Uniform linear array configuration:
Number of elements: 12
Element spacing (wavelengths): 0.25
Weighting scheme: uniform
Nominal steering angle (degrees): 30
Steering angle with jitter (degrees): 29.788
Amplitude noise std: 0.05
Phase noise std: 0.05

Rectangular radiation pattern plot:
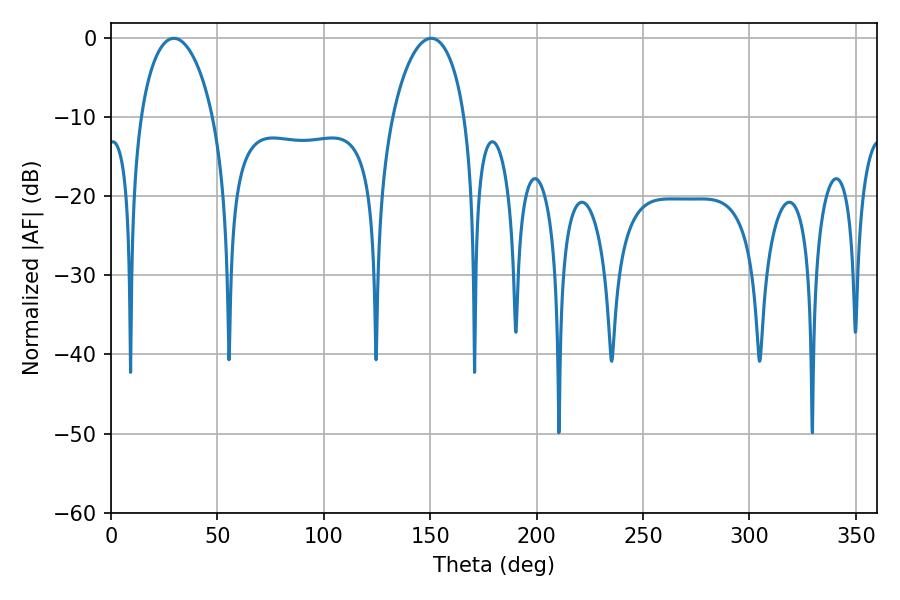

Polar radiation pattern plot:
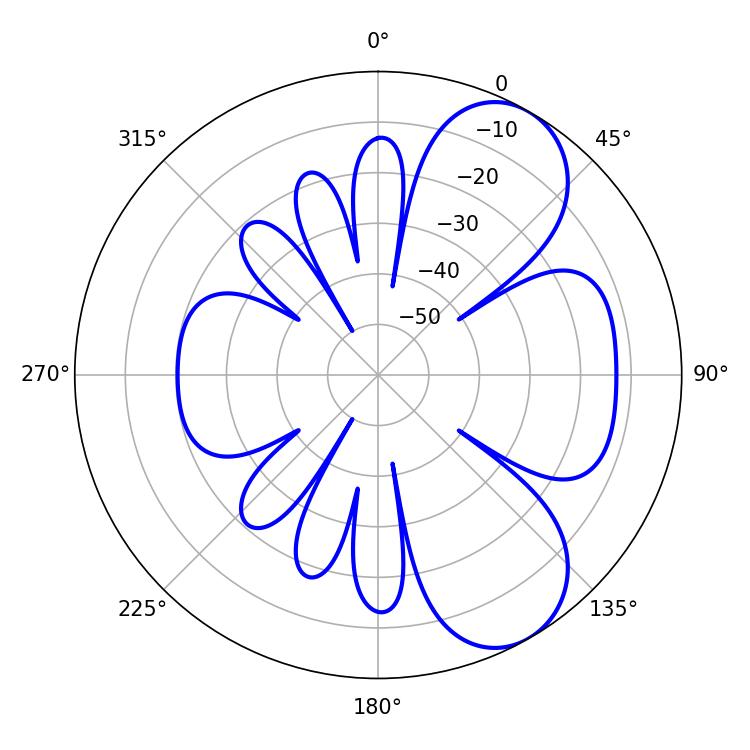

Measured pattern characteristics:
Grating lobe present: FALSE
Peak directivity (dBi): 7.107
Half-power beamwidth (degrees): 19.44
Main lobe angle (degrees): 29.52